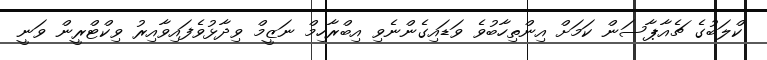
ކްލަބުގެ ޗެއާޕާސަން ކަމަށް އިންތިހާބުވެ ވަޑައިގެންނެވި އިބްރާހިމް ނަޒީމް ވިދާޅުވެފައިވާއިރު ވިކްޓްރީން ވަނީ